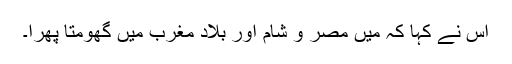
اس نے کہا کہ میں مصر و شام اور بلادِ مغرب میں گھومتا پھرا۔